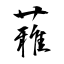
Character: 蕥